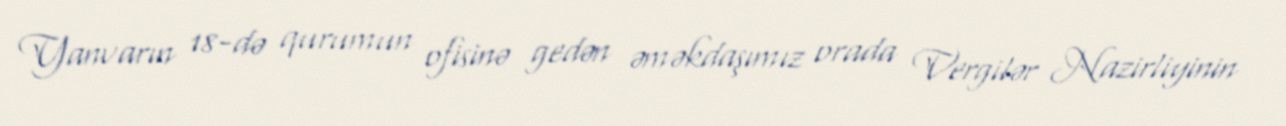
Yanvarın 18-də qurumun ofisinə gedən əməkdaşımız orada Vergilər Nazirliyinin